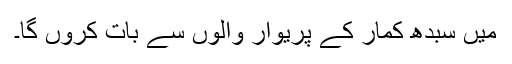
میں سبدھ کمار کے پریوار والوں سے بات کروں گا۔